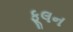
ફૂલન